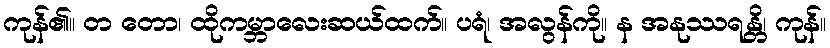
ကုန်၏။ တ တော၊ ထိုကမ္ဘာလေးဆယ်ထက်။ ပရံ၊ အလွန်ကို။ န အနုဿရန္တိ၊ ကုန်။